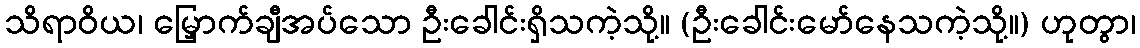
သိရာဝိယ၊ မြှောက်ချီအပ်သော ဦးခေါင်းရှိသကဲ့သို့။ (ဦးခေါင်းမော်နေသကဲ့သို့။) ဟုတွာ၊